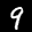
Label: 9